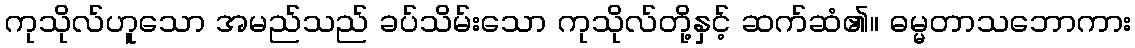
ကုသိုလ်ဟူသော အမည်သည် ခပ်သိမ်းသော ကုသိုလ်တို့နှင့် ဆက်ဆံ၏။ ဓမ္မတာသဘောကား